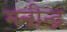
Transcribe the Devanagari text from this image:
मनीन्द्र